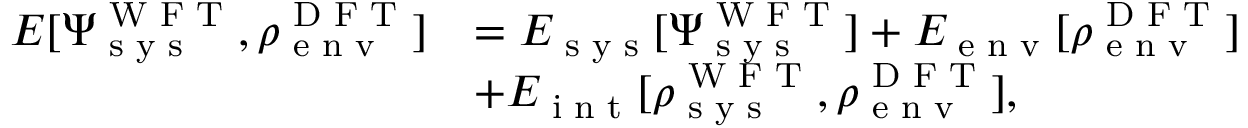
\begin{array} { r l } { E [ \Psi _ { \textrm { s y s } } ^ { \textrm { W F T } } , \rho _ { \textrm { e n v } } ^ { \textrm { D F T } } ] } & { = E _ { \textrm { s y s } } [ \Psi _ { \textrm { s y s } } ^ { \textrm { W F T } } ] + E _ { \textrm { e n v } } [ \rho _ { \textrm { e n v } } ^ { \textrm { D F T } } ] } \\ & { + E _ { \textrm { i n t } } [ \rho _ { \textrm { s y s } } ^ { \textrm { W F T } } , \rho _ { \textrm { e n v } } ^ { \textrm { D F T } } ] , } \end{array}